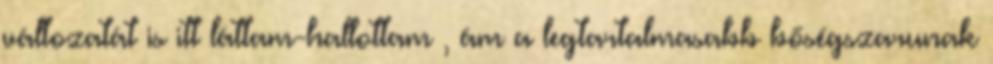
változatát is itt láttam-hallottam , ám a legtartalmasabb bőségszarunak